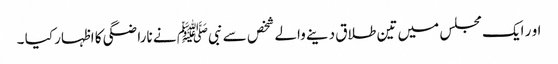
او ر ایک مجلس میں تین طلاق دینے والے شخص سے نبیﷺ نے ناراضگی کا اظہار کیا ۔